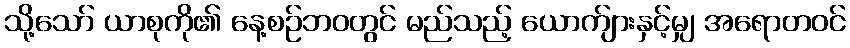
သို့သော် ယာစုကို၏ နေ့စဉ်ဘဝတွင် မည်သည့် ယောက်ျားနှင့်မျှ အရောတဝင်